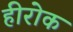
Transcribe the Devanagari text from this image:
हीरोक